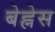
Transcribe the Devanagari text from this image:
बेह्नेस